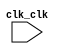

module CPU (
	clk_clk);	

	input		clk_clk;
endmodule